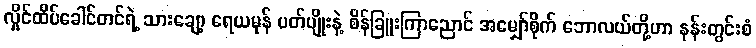
လှိုင်ထိပ်ခေါင်တင်ရဲ့ သားချော့ ရေယမုန် ပတ်ပျိုးနဲ့ စိန်ခြူးကြာညောင် အမျှော်စိုက် ဘောလယ်တို့ဟာ နန်းတွင်းစံ